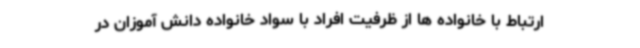
ارتباط با خانواده ها از ظرفیت افراد با سواد خانواده دانش آموزان در